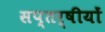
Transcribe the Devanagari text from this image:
सप्तर्षीयों